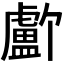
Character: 𬐸